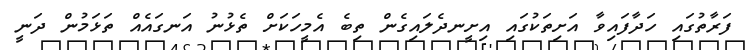
ފަރާތުގައި ހަދާފައިވާ އަށިތަކުގައި އިށީނދެލައިގެން ތިބެ އެމީހަކަށް ތެޅުނު އަނގައެއް ތަޅަމުން ދަނީ